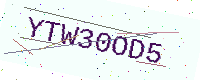
Text: YTW30OD5